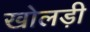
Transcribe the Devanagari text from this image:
खोलड़ी